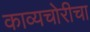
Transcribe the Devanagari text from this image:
काव्यचोरीचा